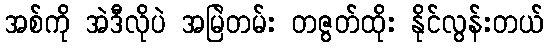
အစ်ကို အဲဒီလိုပဲ အမြဲတမ်း တဇွတ်ထိုး နိုင်လွန်းတယ်